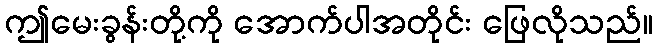
ဤမေးခွန်းတို့ကို အောက်ပါအတိုင်း ဖြေလိုသည်။